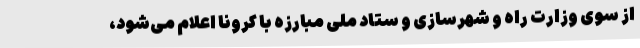
از سوی وزارت راه‌ و شهرسازی و ستاد ملی مبارزه با کرونا اعلام می‌شود،